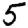
Digit: 5